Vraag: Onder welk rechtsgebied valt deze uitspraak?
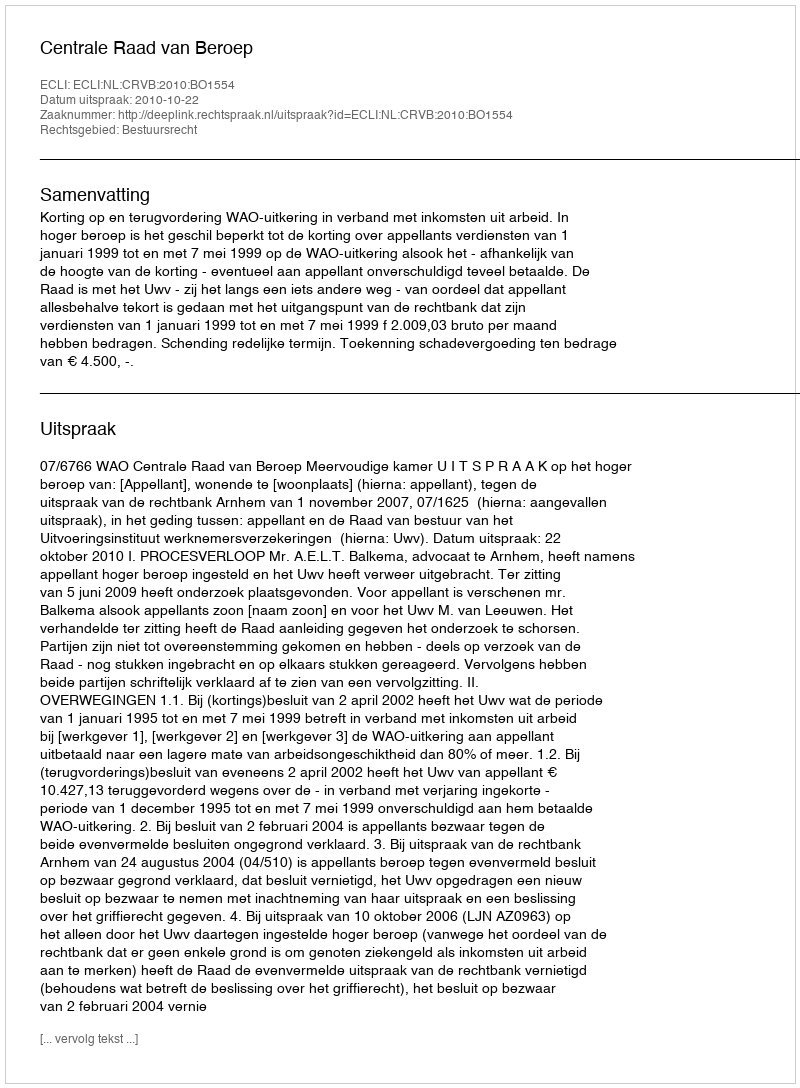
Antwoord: Bestuursrecht